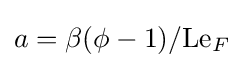
a=\beta (\phi -1)/\mathrm {Le} _{F}